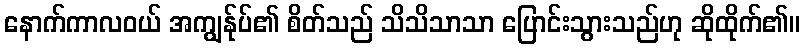
နောက်ကာလဝယ် အကျွန်ုပ်၏ စိတ်သည် သိသိသာသာ ပြောင်းသွားသည်ဟု ဆိုထိုက်၏။